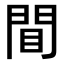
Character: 𫔝